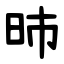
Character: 昁